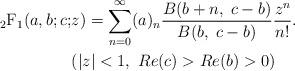
LaTeX: \begin{align*} {}_{2}\textrm{F}_{1}(a,b;c;&z)= \sum_{n=0}^{\infty} (a)_n \frac{B(b+n,\;c-b)}{B(b,\;c-b)} \frac{z^n}{n!}.& \\ &(|z|<1,\ Re(c)>Re(b)>0 )&\end{align*}